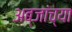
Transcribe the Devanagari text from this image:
अब्जांच्या